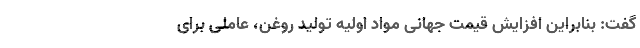
گفت: بنابراین افزایش قیمت جهانی مواد اولیه تولید روغن، عاملی برای